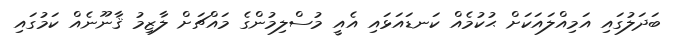
ބަދަލުގައި އަމިއްލައަކަށް ޙުކުމެއް ކަނޑައަޅައި އެއީ މުސްލިމުންގެ މައްޗަށް ލާޒިމު ޤާނޫނެއް ކަމުގައި